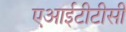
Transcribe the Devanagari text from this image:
एआईटीटीसी